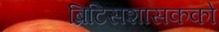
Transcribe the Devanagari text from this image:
ब्रिटिसशासकको